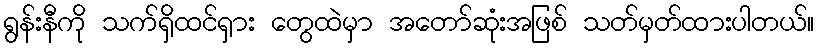
ရွန်းနီကို သက်ရှိထင်ရှား တွေထဲမှာ အတော်ဆုံးအဖြစ် သတ်မှတ်ထားပါတယ်။